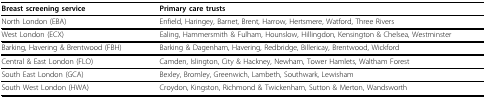
| Breast screening service | Primary care trusts |
 | --- | --- |
 | North London (EBA) | Enfield, Haringey, Barnet, Brent, Harrow, Hertsmere, Watford, Three Rivers |
 | West London (ECX) | Ealing, Hammersmith & Fulham, Hounslow, Hillingdon, Kensington & Chelsea, Westminster |
 | Barking, Havering & Brentwood (FBH) | Barking & Dagenham, Havering, Redbridge, Billericay, Brentwood, Wickford |
 | Central & East London (FLO) | Camden, Islington, City & Hackney, Newham, Tower Hamlets, Waltham Forest |
 | South East London (GCA) | Bexley, Bromley, Greenwich, Lambeth, Southwark, Lewisham |
 | South West London (HWA) | Croydon, Kingston, Richmond & Twickenham, Sutton & Merton, Wandsworth |